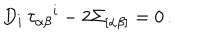
LaTeX: D _ { i } \, \tau _ { \alpha \beta } { } ^ { i } - 2 \Sigma _ { [ \alpha \beta ] } = 0 \, .